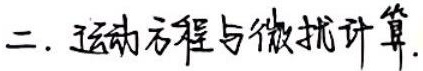
二. 运动方程与微扰计算.